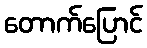
တောက်ပြောင်